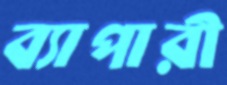
ব্যাপারী